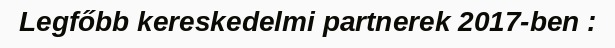
Legfőbb kereskedelmi partnerek 2017-ben :